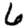
Digit: 6